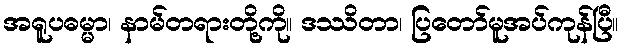
အရူပဓမ္မာ၊ နာမ်တရားတို့ကို။ ဒဿိတာ၊ ပြတော်မူအပ်ကုန်ပြီ။